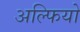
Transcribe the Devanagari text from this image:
अल्फियो